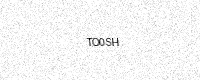
Text: TO0SH